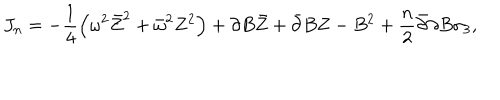
LaTeX: J _ { n } = - \frac 1 4 \left( \omega ^ { 2 } \bar { Z } ^ { 2 } + \bar { \omega } ^ { 2 } Z ^ { 2 } \right) + \partial B \bar { Z } + \bar { \partial } B Z - B ^ { 2 } + \frac n 2 \bar { \partial } \partial B \sigma _ { 3 } ,